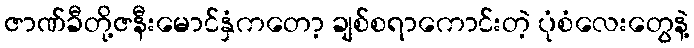
ဇာဏ်ခီတို့ဇနီးမောင်နှံကတော့ ချစ်စရာကောင်းတဲ့ ပုံစံလေးတွေနဲ့